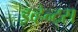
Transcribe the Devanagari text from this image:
इव्हेन्ट्‌स